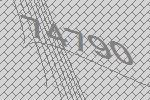
74790